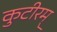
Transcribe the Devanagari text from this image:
कुटीरम्